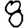
Digit: 8